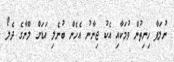
ނުލަފާ ހިނިތުން ވުމަކާއި އެކު ޖިނާނު އެހެން ބުނެލި އަޑަށް ލޫނާގެ ދެލޯ